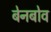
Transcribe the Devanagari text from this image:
बेनबोव